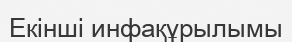
Екінші инфақұрылымы